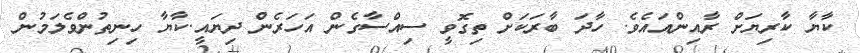
ކާޔާ ކާރިޔަށް ރާއިންއައެވެ. ހާދަ ބާރަކަށް ތިގޮވީ ސިއްސާގެން އަހަރެން ދިޔައީ.ކާޔާ ހިނިތުންވެލަމުން